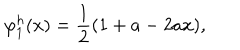
\varphi _ { 1 } ^ { h } ( x ) = { \frac { 1 } { 2 } } ( 1 + a - 2 a x ) ,